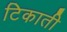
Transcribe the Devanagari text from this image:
टिकाती